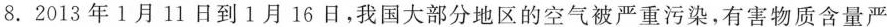
8. 2013年1月11日到1月16日，我国大部分地区的空气被严重污染，有害物质含量严